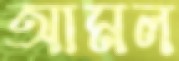
আমল